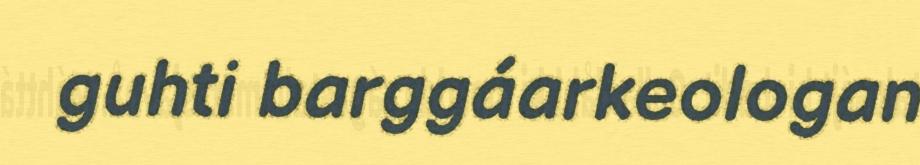
guhti barggáarkeologan